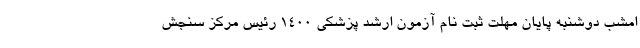
امشب دوشنبه پایان مهلت ثبت نام آزمون ارشد پزشکی ۱۴۰۰ رئیس مرکز سنجش